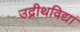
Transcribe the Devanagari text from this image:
उद्नीथविद्या